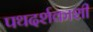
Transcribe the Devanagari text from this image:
पथदर्शकाशी